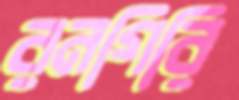
রনগিরি